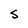
Character: S